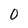
Character: 0